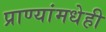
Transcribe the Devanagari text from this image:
प्राण्यांमधेही